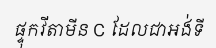
ផ្ទុកវីតាមីន C ដែលជាអង់ទី